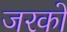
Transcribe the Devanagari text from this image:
जरको